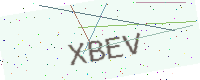
Text: XBEV